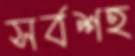
সর্বশহ